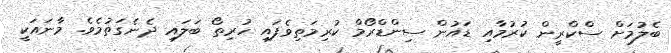
ބެލުމަށް ސްކްރީން ކުރުމާއި ޑައުން ސިންޑްރޯމް ކުރިމަތިވެފައި ހުރިތޯ ބަލައި ދެނެގަތުމެވެ. މާނައަކީ